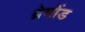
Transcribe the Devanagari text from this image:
ब्रेमोंड